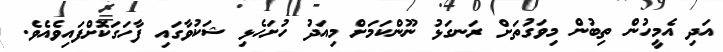
އަދި އެމީހުން ތިބުން މިވަގުތަށް ރަނގަޅު ނޫންކަމަށް މިއަދު ހުށަހެޅި ޝަކުވާގައި ފާހަގަކޮށްފައިވެއެވެ.